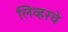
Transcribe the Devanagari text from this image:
लिव्हरचे